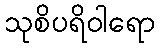
သုစိပရိဝါရော